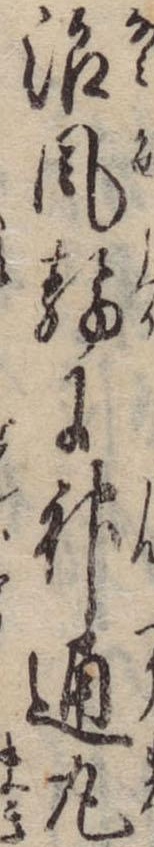
浪風静に神通丸